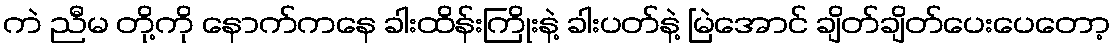
ကဲ ညီမ တို့ကို နောက်ကနေ ခါးထိန်းကြိုးနဲ့ ခါးပတ်နဲ့ မြဲအောင် ချိတ်ချိတ်ပေးပေတော့